Scottish Leaving Certificate Examination, 1955
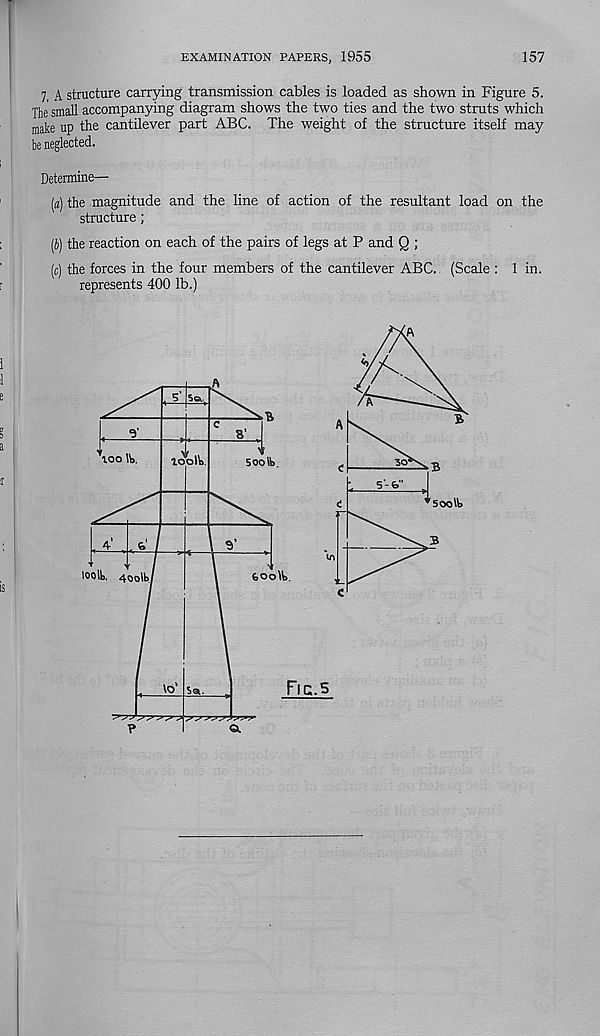
EXAMINATION PAPERS, 1955
157
7. A structure carrying transmission cables is loaded as shown in Figure 5.
The small accompanying diagram shows the two ties and the two struts which
make up the cantilever part ABC. The weight of the structure itself may
be neglected.
Determine—
(a) the magnitude and the line of action of the resultant load on the
structure;
(b) the reaction on each of the pairs of legs at P and Q ;
(c) the forces in the four members of the cantilever ABC. (Scale : 1 in.
represents 400 lb.)
A
5 Sol
lOO lb.
loolb
5 00 lb
30
50o\\>
feoolb
lo' Soi.
look. 4ooU>
Fic.5